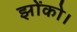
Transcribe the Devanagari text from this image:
झोंको।